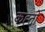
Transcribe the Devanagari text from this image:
कह्तों